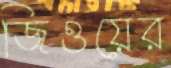
জিওয়ের